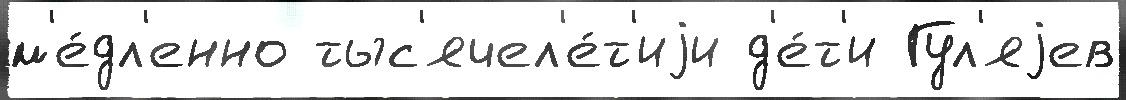
м'е́дл'енно тыс'ячел'е́т'иjи д'е́т'и Гул'яjев